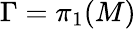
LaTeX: \Gamma=\pi_{1}(M)